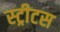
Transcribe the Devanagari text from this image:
स्ट्रीटस